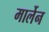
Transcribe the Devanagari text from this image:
मार्लेन